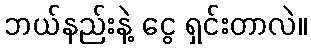
ဘယ်နည်းနဲ့ ငွေ ရှင်းတာလဲ။